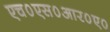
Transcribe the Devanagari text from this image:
एच०एस०आर०ए०